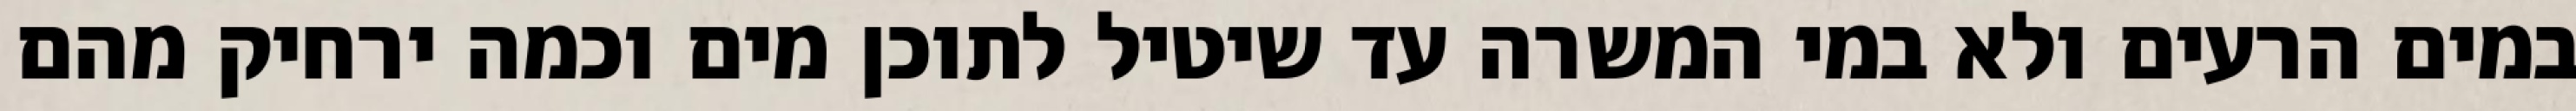
במים הרעים ולא במי המשרה עד שיטיל לתוכן מים וכמה ירחיק מהם